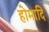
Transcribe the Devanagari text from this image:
होमादि